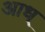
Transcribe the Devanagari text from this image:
आध्